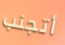
أتجنب